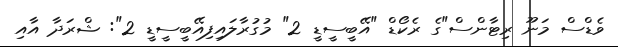
ވެޑްސް މަނޫ ރިޓާންސް"ގެ ރެކޯޑް "އޭބީސީޑީ 2" މުގުރާލައިފިއޭބީސީޑީ 2": ޝްރަދާ އާއި